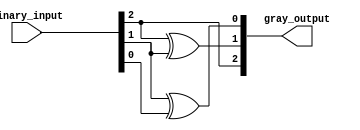
module gray_code_encoder(
    input [2:0] binary_input, // 3-bit binary input
    output [2:0] gray_output   // 3-bit Gray code output
);

// Internal signal declaration for the Gray code output
assign gray_output[2] = binary_input[2];         // G2 = B2
assign gray_output[1] = binary_input[2] ^ binary_input[1];  // G1 = B2 XOR B1
assign gray_output[0] = binary_input[1] ^ binary_input[0];  // G0 = B1 XOR B0

endmodule